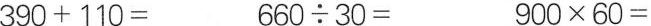
$$3 9 0 + 1 1 0 =$$ $$6 6 0 \div 3 0 =$$ $$9 0 0 \times 6 0 =$$